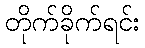
တိုက်ခိုက်ရင်း